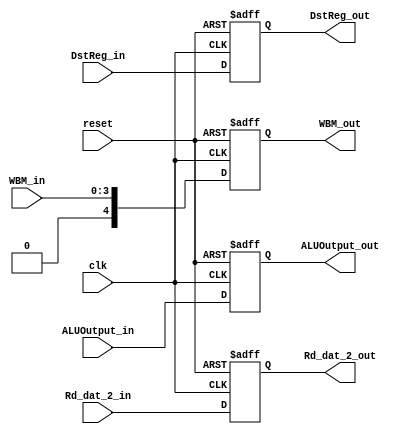
`timescale 1ns / 1ps

module EX_MEM(
    output reg [31:0] ALUOutput_out,
    output reg [31:0] Rd_dat_2_out,
    output reg [4:0] DstReg_out,
    output reg [4:0] WBM_out,
    input [31:0] ALUOutput_in,
    input [31:0] Rd_dat_2_in,
    input [4:0] DstReg_in,
    input [3:0] WBM_in,
    input clk,
    input reset
    );
    
    always@(posedge clk or posedge reset)
    begin
    if (reset)
    begin
    ALUOutput_out <= 0;
    Rd_dat_2_out <= 0;
    DstReg_out <= 0;
    WBM_out <= 0;
    end
    else
    begin
    ALUOutput_out <= ALUOutput_in;
    Rd_dat_2_out <= Rd_dat_2_in;
    DstReg_out <= DstReg_in;
    WBM_out <= WBM_in;
    end
    end
endmodule